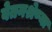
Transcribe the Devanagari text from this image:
वेतनश्रेण्या